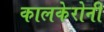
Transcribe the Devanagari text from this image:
कालकेरोनी